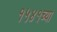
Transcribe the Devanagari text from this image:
१५४१च्या